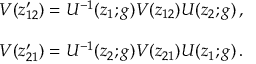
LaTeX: \begin{array} { c } { { V ( z _ { 1 2 } ^ { \prime } ) = U ^ { - 1 } ( z _ { 1 } ; g ) V ( z _ { 1 2 } ) U ( z _ { 2 } ; g ) \, , } } \\ { { { } } } \\ { { V ( z _ { 2 1 } ^ { \prime } ) = U ^ { - 1 } ( z _ { 2 } ; g ) V ( z _ { 2 1 } ) U ( z _ { 1 } ; g ) \, . } } \end{array}